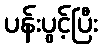
ပန်းပွင့်ပြီး